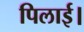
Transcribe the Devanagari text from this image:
पिलाई।